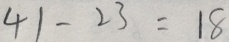
4 1 - 2 3 = 1 8